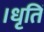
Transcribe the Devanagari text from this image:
।धृतिं